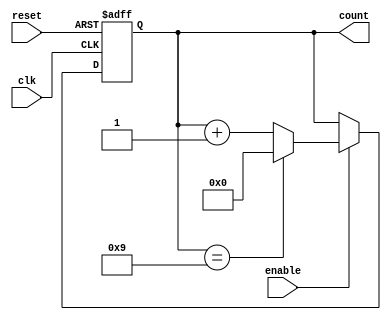
module modulus_counter #(
    parameter N = 4,          // Number of bits for the counter
    parameter MODULUS = 10    // Modulus value (count from 0 to MODULUS-1)
)(
    input wire clk,           // Clock signal
    input wire reset,         // Asynchronous reset signal
    input wire enable,        // Enable signal for counting
    output reg [N-1:0] count  // N-bit output for the current count value
);

    // Internal signal to hold the next count value
    reg [N-1:0] next_count;

    // Always block for synchronous counting
    always @(posedge clk or posedge reset) begin
        if (reset) begin
            count <= 0;       // Reset count to 0
        end else if (enable) begin
            count <= next_count; // Update count with next count value
        end
    end

    // Combinational logic to determine the next count value
    always @(*) begin
        if (enable) begin
            if (count == (MODULUS - 1)) begin
                next_count = 0; // Wrap around to 0
            end else begin
                next_count = count + 1; // Increment count
            end
        end else begin
            next_count = count; // Hold current count if not enabled
        end
    end

endmodule